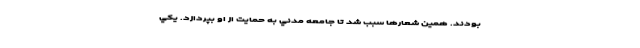
بودند. همين شعارها سبب شد تا جامعه مدني به حمايت از او بپردازد. يكي